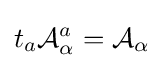
t_{a}{\mathcal {A}}_{\alpha }^{a}={\mathcal {A}}_{\alpha }